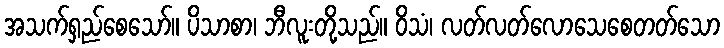
အသက်ရှည်စေသော်။ ပိသာစာ၊ ဘီလူးတို့သည်။ ဝိသံ၊ လတ်လတ်လောသေစေတတ်သော